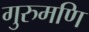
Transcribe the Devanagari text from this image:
गुरुमणि